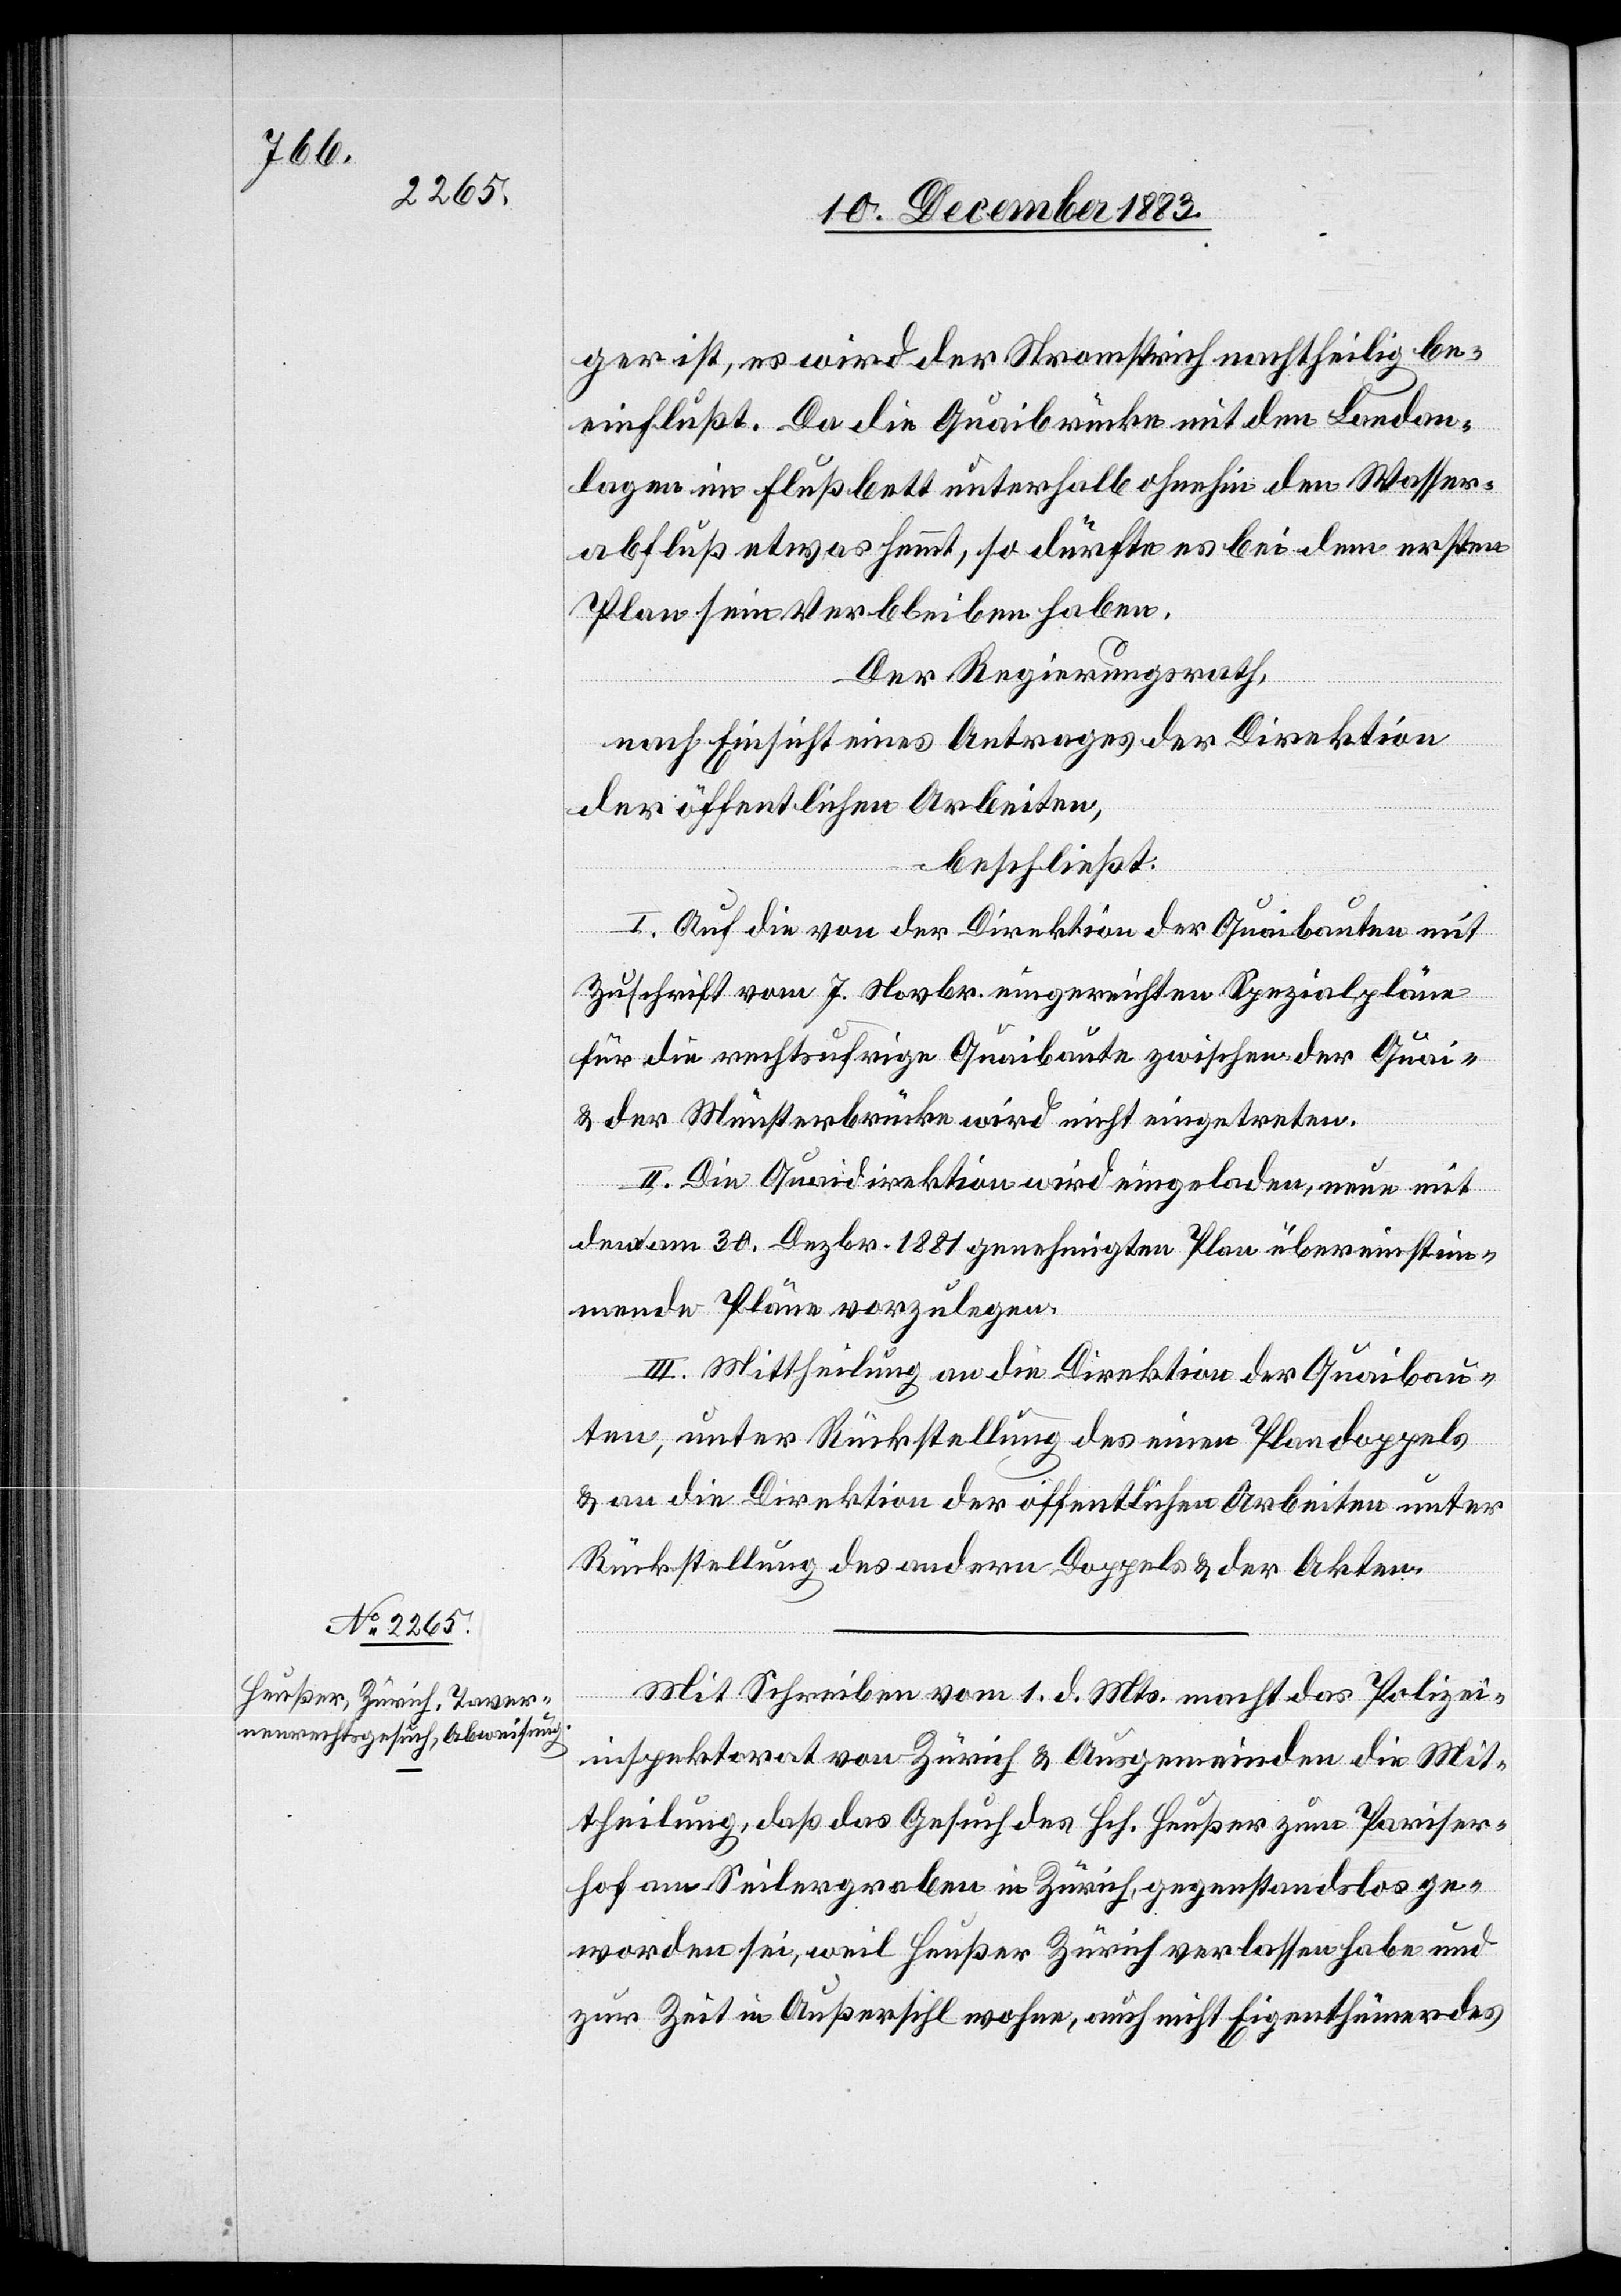
ger ist, es wird der Stromstrich nachtheilig be¬
einflußt. Da die Quaibrücke mit den Landan¬
lagen im Flußbett unterhalb ohnehin den Wasser¬
abfluß etwas hemmt, so dürfte es bei dem ersten
Plan sein Verbleiben haben.
Der Regierungsrath,
nach Einsicht eines Antrages der Direktion
der öffentlichen Arbeiten,
beschließt:
I. Auf die von der Direktion der Quaibauten mit
Zuschrift vom 7. Novbr. eingereichten Spezialpläne
für die rechtsufrige Quaibaute zwischen der Quai-
& der Münsterbrücke wird nicht eingetreten.
II. Die Quaidirektion wird eingeladen, neu mit
dem am 30. Dezbr. 1881 genehmigten Plan übereinstim¬
mende Pläne vorzulegen.
III. Mittheilung an die Direktion der Quaibau¬
ten, unter Rückstellung des einen Plandoppels
& an die Direktion der öffentlichen Arbeiten unter
Rückstellung des andern Doppels & der Akten.
Mit Schreiben vom 1. d. Mts. macht das Polizei¬
inspektorat von Zürich & Ausgemeinden die Mit¬
theilung, daß das Gesuch des Hch. Heußer zum Pariser¬
hof am Seilergraben in Zürich, gegenstandslos ge¬
worden sei, weil Heußer Zürich verlassen habe und
zur Zeit in Außersihl wohne, auch nicht Eigenthümer des